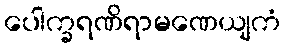
ပေါက္ခရဏိရာမဏေယျကံ